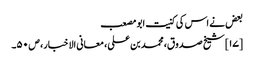
بعض نے اس کی کنیت ابو مصعب
[۱۷] شیخ صدوق، محمد بن علی، معانی الاخبار، ص ۵۰۔